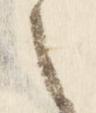
之